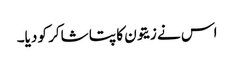
اس نے زیتون کا پتا شاکر کو دیا۔